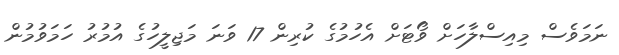
ނަމަވެސް މިއިސްލާހަށް ވޯޓަށް އެހުމުގެ ކުރިން 17 ވަަނަ މަޖިލީހުގެ އުމުރު ހަމަވުމުން